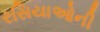
રસિયાઓની